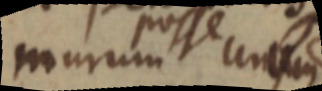
munum posse unum